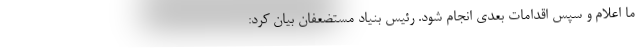
ما اعلام و سپس اقدامات بعدی انجام شود. رئیس بنیاد مستضعفان بیان کرد: